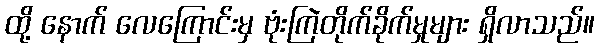
ထို့ နောက် လေကြောင်းမှ ဗုံးကြဲတိုက်ခိုက်မှုများ ရှိလာသည်။